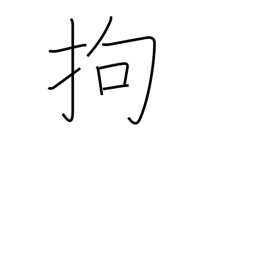
Meaning: adhere to